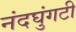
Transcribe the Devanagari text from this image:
नंदघुंगटी